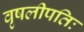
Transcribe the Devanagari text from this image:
वृषलीपतिः